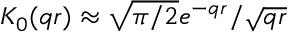
K _ { 0 } ( q r ) \approx \sqrt { \pi / 2 } e ^ { - q r } / \sqrt { q r }